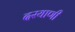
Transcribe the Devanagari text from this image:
दरयाणी